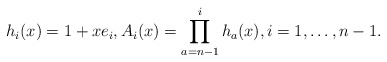
\begin{gather*}h_i(x) =1+x e_i, A_{i}(x)= \prod_{a=n-1}^{i} h_{a}(x),i=1,\ldots,n-1.\end{gather*}